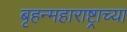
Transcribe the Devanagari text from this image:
बृहन्महाराष्ट्राच्या